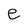
Character: e